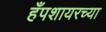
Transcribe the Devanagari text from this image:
हँपशायरच्या